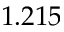
1 . 2 1 5